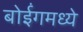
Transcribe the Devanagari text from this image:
बोईंगमध्ये